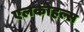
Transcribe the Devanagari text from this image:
एलकोहल्स